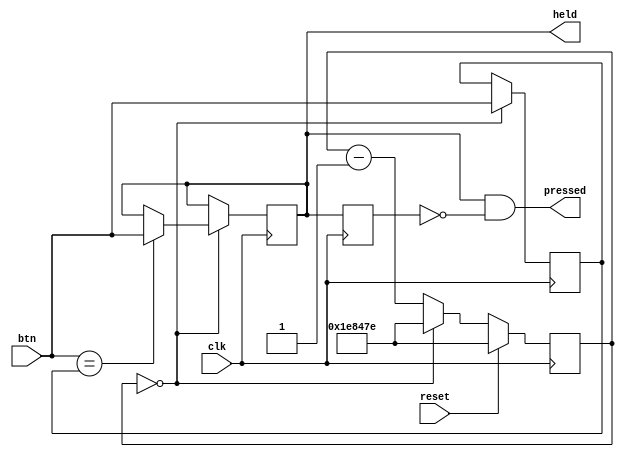
module debouncer(
    output pressed, held, input clk, btn, reset
    );
    
    localparam sample_time = 1999998;
    reg [20:0] timer;
    
    reg btn_samp, btn_deb, btn_deb_d;
   
    // Timer
    always @(posedge clk) begin
        if (reset) begin
            timer <= sample_time;
        end
        else begin
            timer <= timer - 1;
            if (timer == 0) begin
                timer <= sample_time;
            end
        end
     end
     
     // Button debounced
     always @(posedge clk) begin
        btn_deb_d <= btn_deb;
        
        if (timer == 0) begin
            btn_samp <= btn;
            if (btn == btn_samp) begin
                btn_deb <= btn;
            end
        end
     end
     
     // Assigns which value is button held, pressed. and released
     assign held = btn_deb;
     assign pressed = btn_deb & ~btn_deb_d;
     assign released = ~btn_deb & btn_deb_d;
      
endmodule